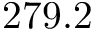
2 7 9 . 2